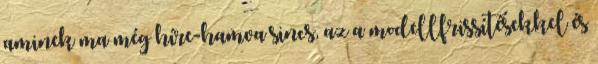
aminek ma még híre-hamva sincs, az a modellfrissítésekkel és